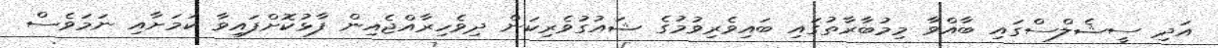
އަދި ސީޝެލްސްގައި ބާއްވާ މިމުބާރާތުގައި ބައިވެރިވުމުގެ ޝައުގުވެރިކަން ދިވެހިރާއްޖެއިން ފާޅުކޮށްފައިވާ ކަމަށާއި ނަމަވެސް